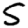
Digit: 5